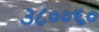
૩૮૦૦૬૦